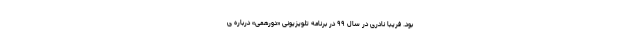
بود. فریبا نادری در سال ۹۹ در برنامه تلویزیونی «دورهمی» درباره ی